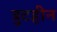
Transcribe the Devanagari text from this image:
त्रुटहीन